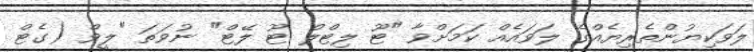
ލަވަކިޔުންތެރިޔެއްގެ ލަވައެއް ކަމަށްވާ "ޓޫ ލިޓްލް ޓޫ ލޭޓް" ނުވަތަ "ލީވް (ގެޓް